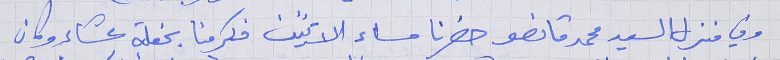
وفي منزل السيد محمد قانصو حضرنا مساء الاثنين فكرمنا بحفلة عشاء وكان